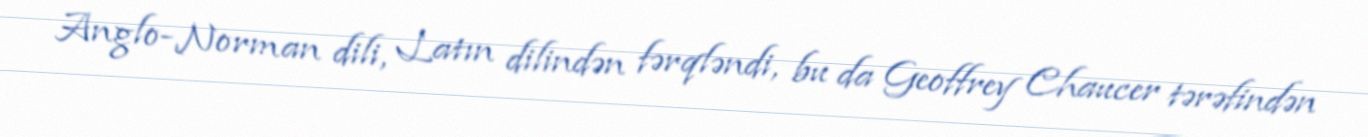
Anglo-Norman dili, Latın dilindən fərqləndi, bu da Geoffrey Chaucer tərəfindən